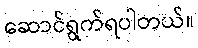
ဆောင်ရွက်ရပါတယ်။